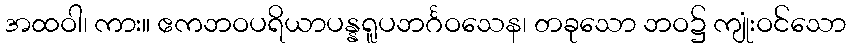
အထဝါ၊ ကား။ ဧကဘဝပရိယာပန္နရူပဘင်္ဂဝသေန၊ တခုသော ဘဝ၌ ကျုံးဝင်သော